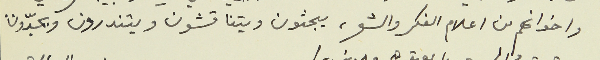
واخوانهم من اعلام الفكر والشعر، يبحثون ويتناقشون ويتندرون ويجدّون.